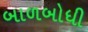
બાળબોધી